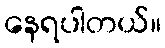
နေရပါတယ်။